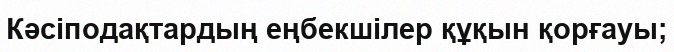
Кәсіподақтардың еңбекшілер құқын қорғауы;